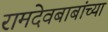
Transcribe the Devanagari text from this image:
रामदेवबाबांच्या